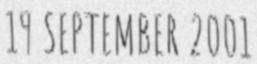
19 SEPTEMBER 2001